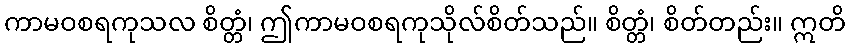
ကာမဝစရကုသလ စိတ္တံ၊ ဤကာမဝစရကုသိုလ်စိတ်သည်။ စိတ္တံ၊ စိတ်တည်း။ ဣတိ